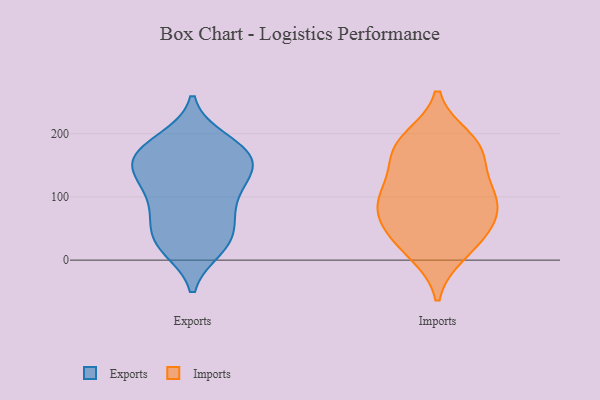
{"axis": {"x": "Temperature (°C)", "y": "Value"}, "legend": ["Exports", "Imports"], "data": [{"x": "", "y": 152, "type": "Exports"}, {"x": "", "y": 170, "type": "Exports"}, {"x": "", "y": 133, "type": "Exports"}, {"x": "", "y": 33, "type": "Exports"}, {"x": "", "y": 94, "type": "Exports"}, {"x": "", "y": 158, "type": "Exports"}, {"x": "", "y": 52, "type": "Exports"}, {"x": "", "y": 141, "type": "Exports"}, {"x": "", "y": 184, "type": "Exports"}, {"x": "", "y": 80, "type": "Exports"}, {"x": "", "y": 30, "type": "Exports"}, {"x": "", "y": 20, "type": "Exports"}, {"x": "", "y": 110, "type": "Exports"}, {"x": "", "y": 71, "type": "Exports"}, {"x": "", "y": 175, "type": "Exports"}, {"x": "", "y": 159, "type": "Exports"}, {"x": "", "y": 190, "type": "Exports"}, {"x": "", "y": 19, "type": "Exports"}, {"x": "", "y": 129, "type": "Exports"}, {"x": "", "y": 95, "type": "Imports"}, {"x": "", "y": 100, "type": "Imports"}, {"x": "", "y": 108, "type": "Imports"}, {"x": "", "y": 111, "type": "Imports"}, {"x": "", "y": 183, "type": "Imports"}, {"x": "", "y": 17, "type": "Imports"}, {"x": "", "y": 43, "type": "Imports"}, {"x": "", "y": 149, "type": "Imports"}, {"x": "", "y": 67, "type": "Imports"}, {"x": "", "y": 192, "type": "Imports"}, {"x": "", "y": 178, "type": "Imports"}, {"x": "", "y": 72, "type": "Imports"}, {"x": "", "y": 53, "type": "Imports"}, {"x": "", "y": 11, "type": "Imports"}, {"x": "", "y": 174, "type": "Imports"}]}